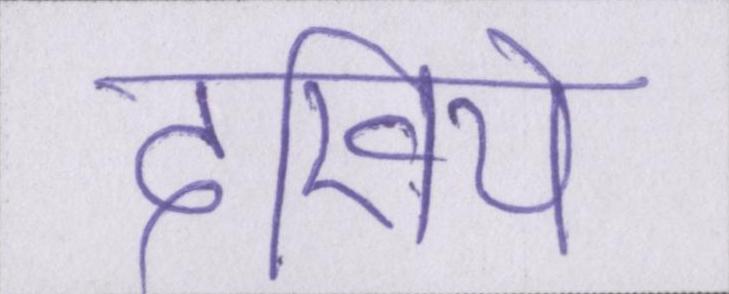
देखिये